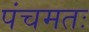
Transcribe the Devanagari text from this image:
पंचमतः